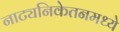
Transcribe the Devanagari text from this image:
नाट्यनिकेतनमध्ये